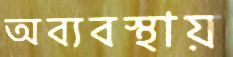
অব্যবস্থায়